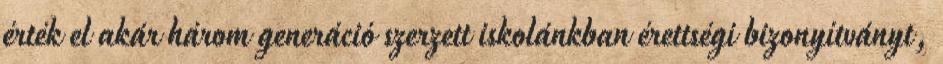
érték el akár három generáció szerzett iskolánkban érettségi bizonyítványt,